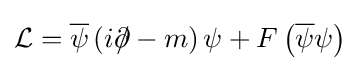
{\mathcal {L}}={\overline {\psi }}\left(i\partial \!\!\!/-m\right)\psi +F\left({\overline {\psi }}\psi \right)